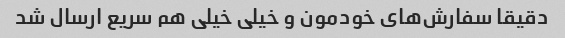
دقیقا سفارش‌های خودمون و خیلی خیلی هم سریع ارسال شد